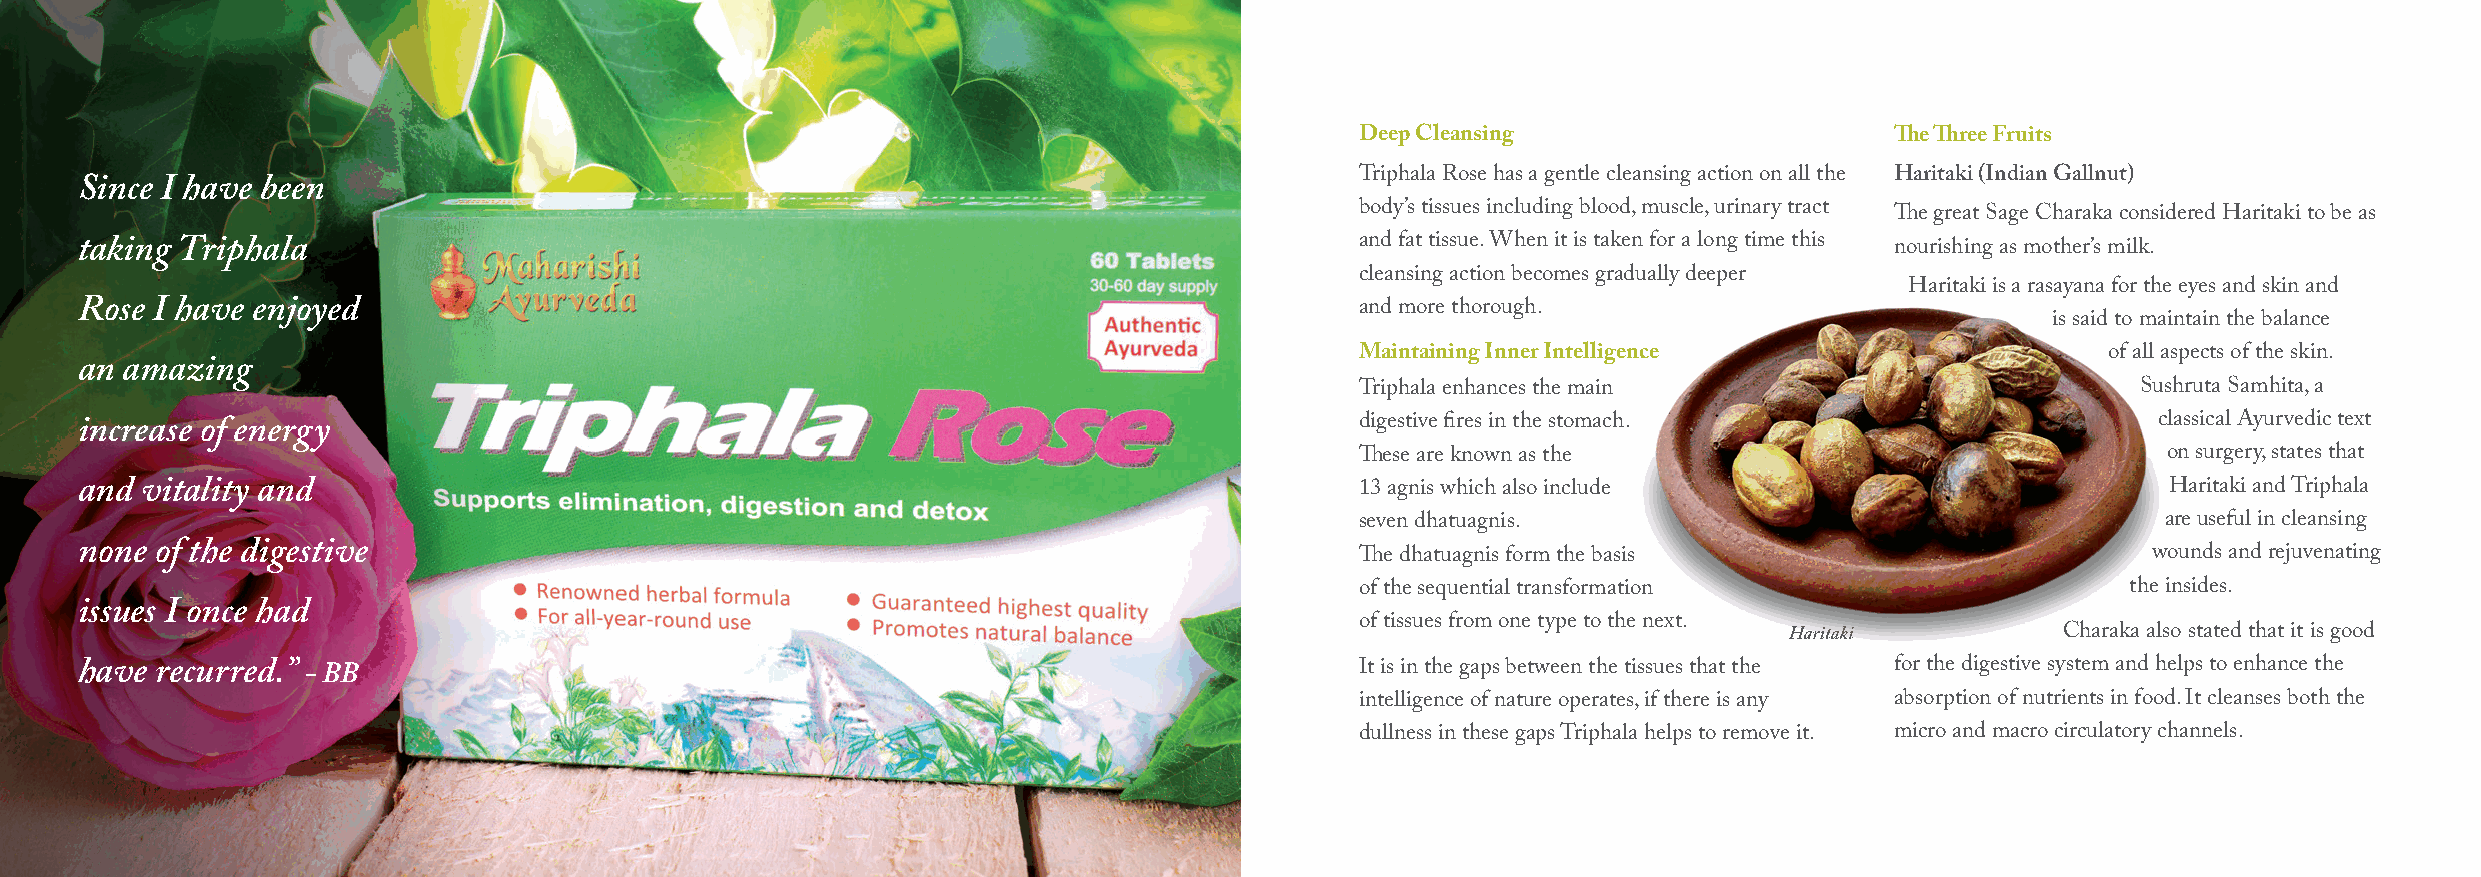
Deep Cleansing                     The Three Fruits
 Triphala Rose has a gentle cleansing action on all the Haritaki (Indian Gallnut)
 Since I have been
 body’s tissues including blood, muscle, urinary tract
 The great Sage Charaka considered Haritaki to be as
 and fat tissue. When it is taken for a long time this
 taking Triphala                                                                                                         nourishing as mother’s milk.
 cleansing action becomes gradually deeper
 Haritaki is a rasayana for the eyes and skin and
 Rose I have enjoyed                                                                  and more thorough.
 is said to maintain the balance
 Maintaining Inner Intelligence                    of all aspects of the skin.
 an amazing
 Triphala enhances the main                          Sushruta Samhita, a
 digestive fires in the stomach.                      classical Ayurvedic text
 increase of energy
 These are known as the                               on surgery, states that
 and vitality and                                                                     13 agnis which also include                           Haritaki and Triphala
 seven dhatuagnis.                                    are useful in cleansing
 none of the digestive                                                                The dhatuagnis form the basis                       wounds and rejuvenating
 of the sequential transformation                   the insides.
 issues I once had
 of tissues from one type to the next.
 Charaka also stated that it is good
 have recurred.” - BB                                                                 It is in the gaps between the tissues that the for the digestive system and helps to enhance the
 intelligence of nature operates, if there is any absorption of nutrients in food. It cleanses both the
 dullness in these gaps Triphala helps to remove it. micro and macro circulatory channels.